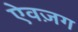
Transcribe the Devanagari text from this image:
ऐवज़ग